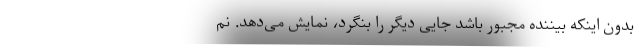
بدون اینکه بیننده مجبور باشد جایی دیگر را بنگرد، نمایش می‌دهد. نم